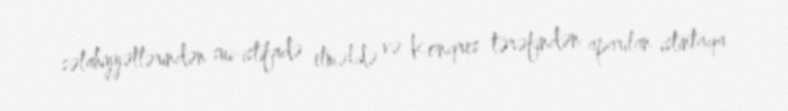
səlahiyyətlərindən sui-istifadə etməkdə və Konqres tərəfindən aparılan istintaqa